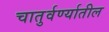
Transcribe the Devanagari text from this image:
चातुर्वर्ण्यातील